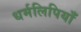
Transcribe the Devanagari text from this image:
धर्मलिपियाँ